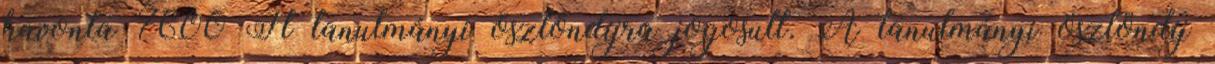
havonta 7600 Ft tanulmányi ösztöndíjra jogosult. A tanulmányi ösztöndíj